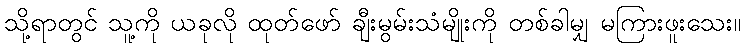
သို့ရာတွင် သူ့ကို ယခုလို ထုတ်ဖော် ချီးမွမ်းသံမျိုးကို တစ်ခါမျှ မကြားဖူးသေး။